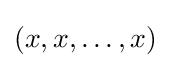
(x,x,\ldots ,x)